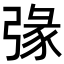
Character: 𢐄